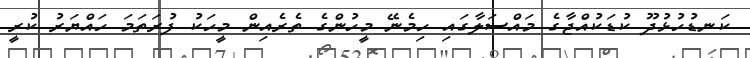
ކަނޑުހުޅުދޫ ކުޑަކުއްޖާގެ މައްސަލާގައި ހިމެނޭ މީހުންގެ ތެރެއިން މީހަކު ފުރަތަމަ ހައްޔަރު ކުރީ